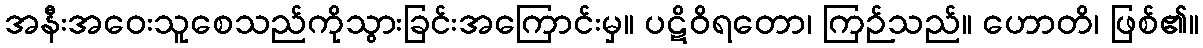
အနီးအဝေးသူစေသည်ကိုသွားခြင်းအကြောင်းမှ။ ပဋိဝိရတော၊ ကြဉ်သည်။ ဟောတိ၊ ဖြစ်၏။